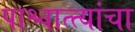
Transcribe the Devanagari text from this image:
पाश्चात्त्यांचा